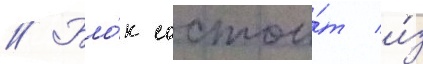
// Бло́к состои́т и́з